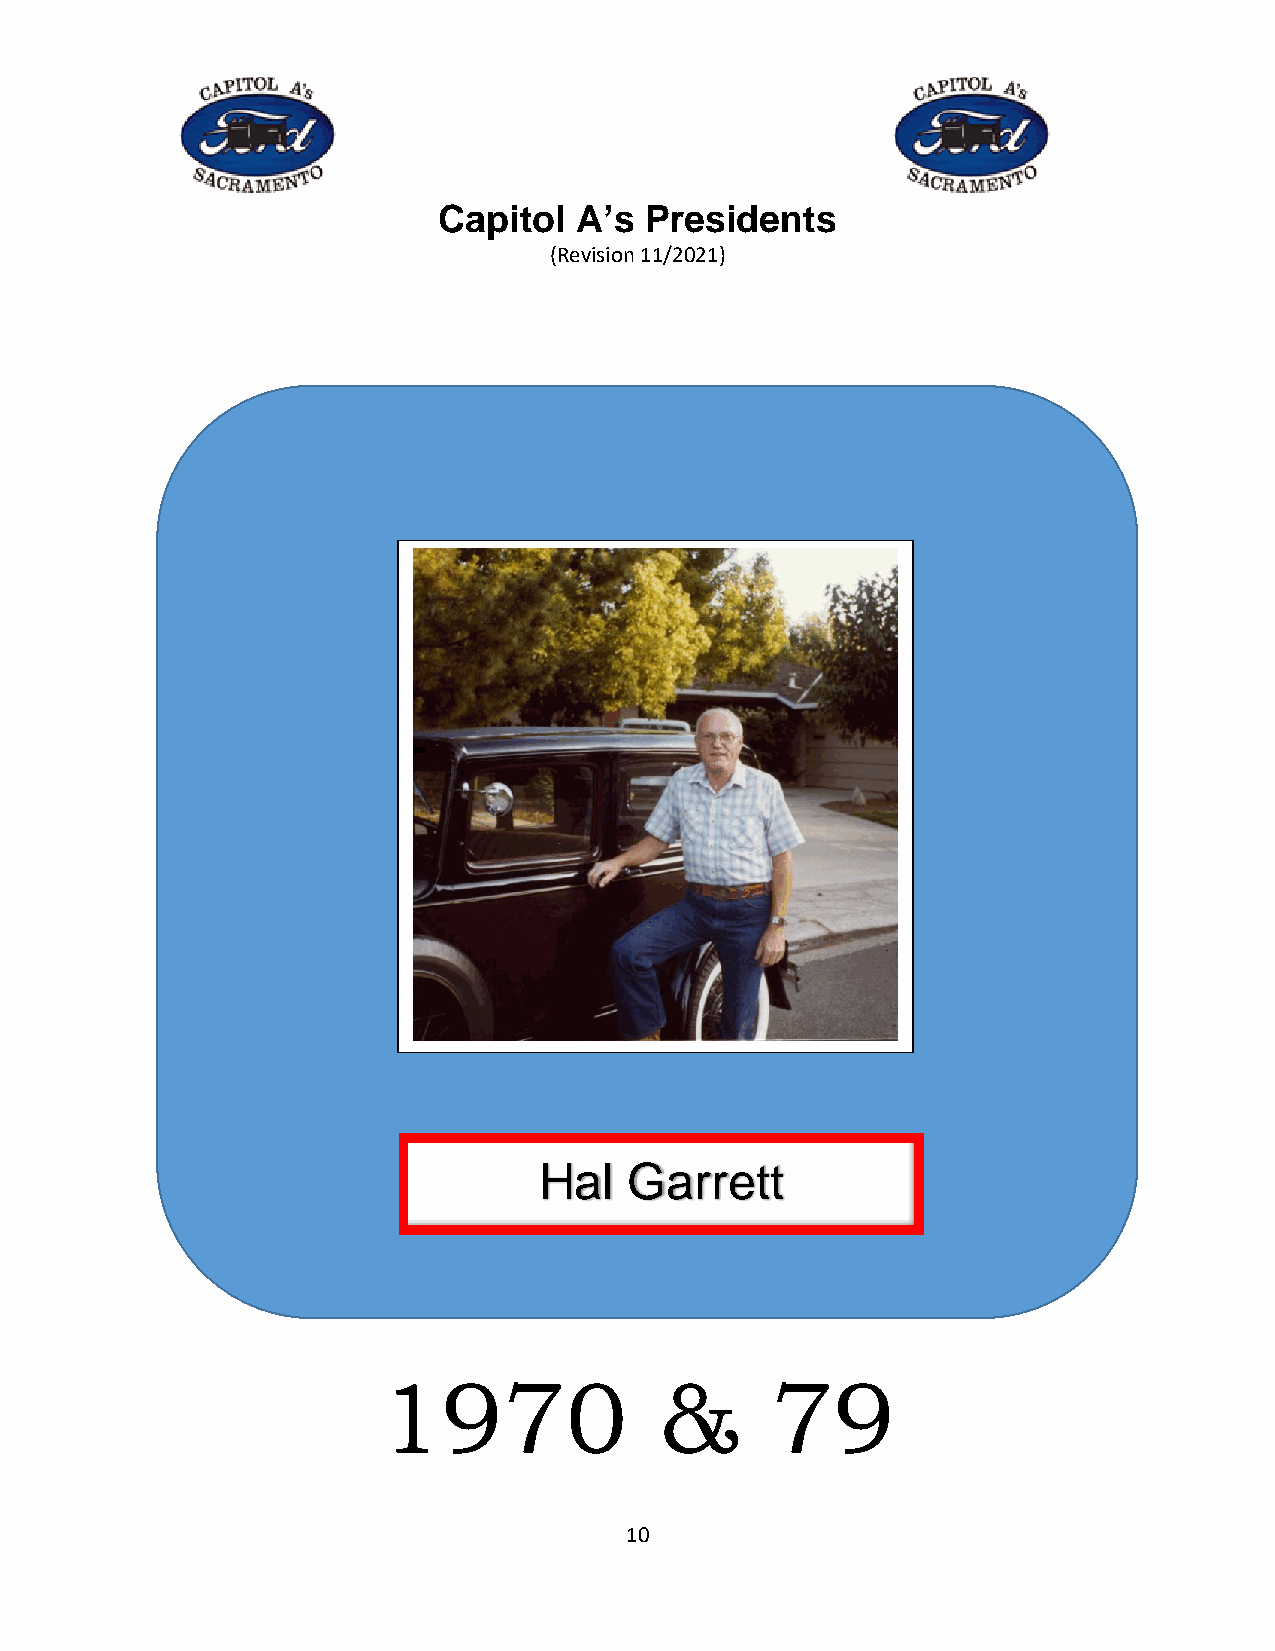
Capitol  A’s  Presidents
 (Revision 11/2021)
 Hal   Garrett
 1970               &      79
 10